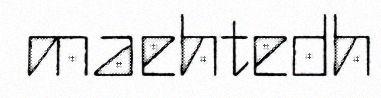
maehtedh